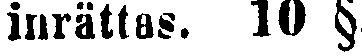
inrättas. 10 §